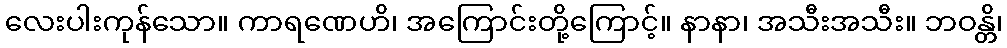
လေးပါးကုန်သော။ ကာရဏေဟိ၊ အကြောင်းတို့ကြောင့်။ နာနာ၊ အသီးအသီး။ ဘဝန္တိ၊